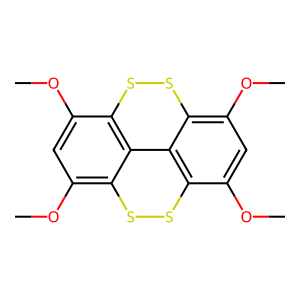
SMILES: COc1cc(OC)c2ssc3c(OC)cc(OC)c4ssc1c2-c43
Inhibits HIV replication: No